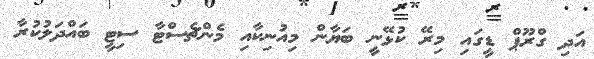
އަދި ގްރޫޕް ޑީގައި މިރޭ ކުޅޭނީ ބަޔާން މިއުނިކާއި މެންޗެސްޓާ ސިޓީ ބައްދަލުކުރާ